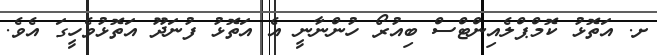
ށ. އަތޮޅު ކޮމްޕްލެއިންޓްސް ބިއުރޯ ހުންނާނީ އެ އަތޮޅު ފުނަދޫ އަތޮޅުވެހީގަ އެވެ.